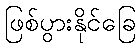
ဖြစ်ပွားနိုင်ခြေ